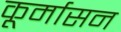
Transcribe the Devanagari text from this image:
कूर्मासन